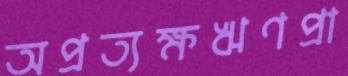
অপ্রত্যক্ষঋণপ্রা